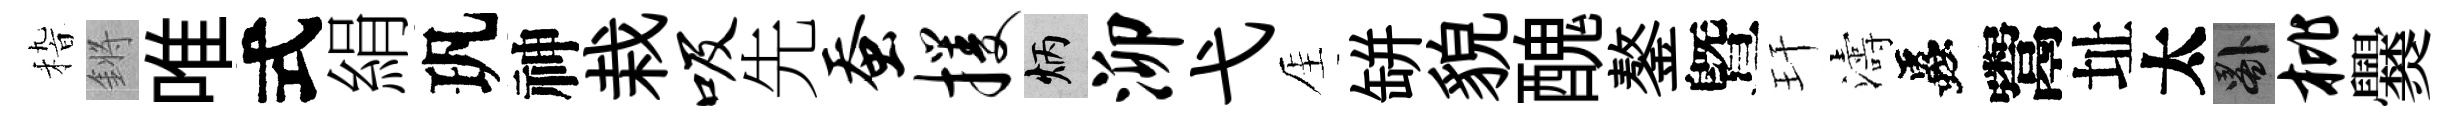
𥟵鏘唯式絹㺬神栽吸先蚕攫炳泖弋厓缾貌醜鏊曁玕濤蟲鬻址太晷枇爨